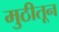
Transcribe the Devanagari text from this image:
मुठीतून